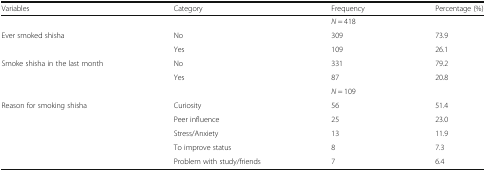
<table><thead><tr><td><b>Variables</b></td><td><b>Category</b></td><td><b>Frequency</b></td><td><b>Percentage (%)</b></td></tr></thead><tbody><tr><td></td><td></td><td><i>N</i> = 418</td><td></td></tr><tr><td rowspan="2">Ever smoked shisha</td><td>No</td><td>309</td><td>73.9</td></tr><tr><td>Yes</td><td>109</td><td>26.1</td></tr><tr><td rowspan="2">Smoke shisha in the last month</td><td>No</td><td>331</td><td>79.2</td></tr><tr><td>Yes</td><td>87</td><td>20.8</td></tr><tr><td></td><td></td><td><i>N</i> = 109</td><td></td></tr><tr><td rowspan="5">Reason for smoking shisha</td><td>Curiosity</td><td>56</td><td>51.4</td></tr><tr><td>Peer influence</td><td>25</td><td>23.0</td></tr><tr><td>Stress/Anxiety</td><td>13</td><td>11.9</td></tr><tr><td>To improve status</td><td>8</td><td>7.3</td></tr><tr><td>Problem with study/friends</td><td>7</td><td>6.4</td></tr></tbody></table>